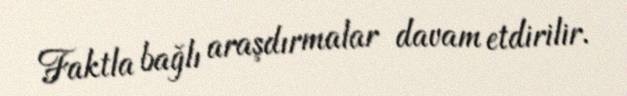
Faktla bağlı araşdırmalar davam etdirilir.